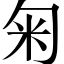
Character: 匊